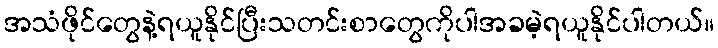
အသံဖိုင်တွေနဲ့ရယူနိုင်ပြီးသတင်းစာတွေကိုပါအခမဲ့ရယူနိုင်ပါတယ်။